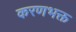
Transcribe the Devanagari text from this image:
करणभक्त